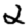
Digit: 2